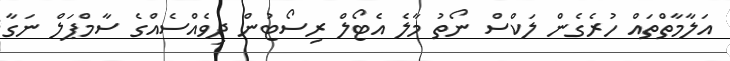
އަލާމާތްތައް ހުރެގެން ލަކްސް ނޯތު މާލެ އެޓޯލް ރިސޯޓުން ދިވެއްސެއްގެ ސާމްޕަލް ނަގާ